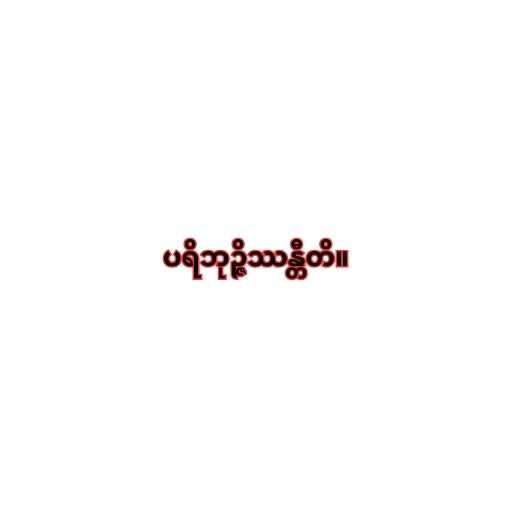
ပရိဘုဉ္ဇိဿန္တီတိ။